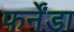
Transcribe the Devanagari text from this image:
फर्नेंडा